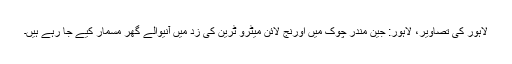
لاہور کی تصاویر، لاہور: جین مندر چوک میں اورنج لائن میٹرو ٹرین کی زد میں آنیوالے گھر مسمار کیے جا رہے ہیں۔